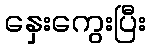
နှေးကွေးပြီး